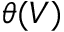
\theta ( V )